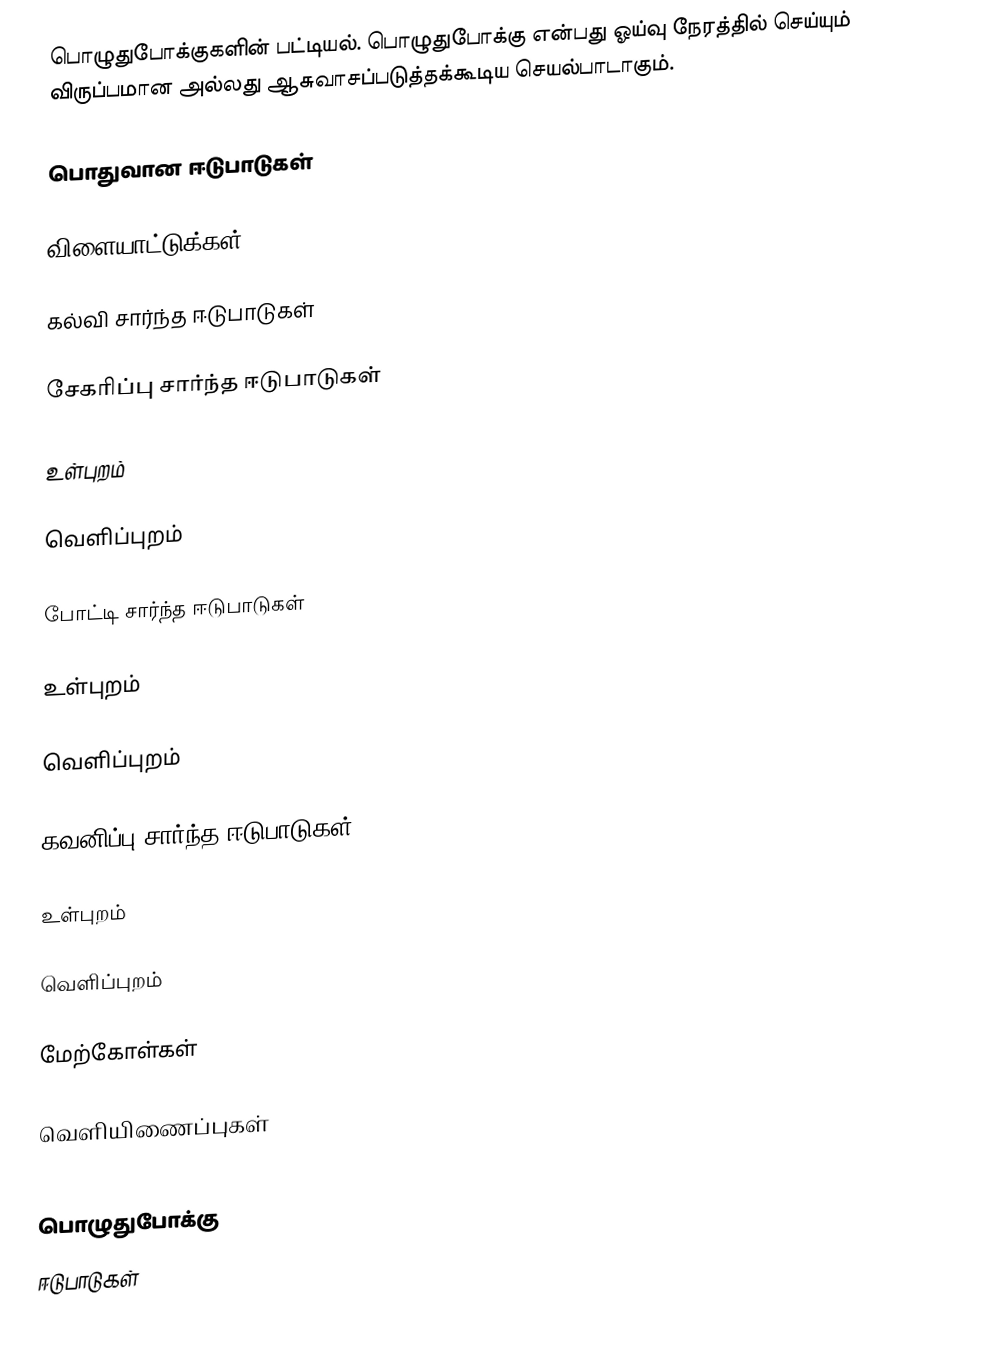
பொழுதுபோக்குகளின் பட்டியல். பொழுதுபோக்கு என்பது ஓய்வு நேரத்தில் செய்யும் விருப்பமான அல்லது ஆசுவாசப்படுத்தக்கூடிய செயல்பாடாகும்.

பொதுவான ஈடுபாடுகள்

விளையாட்டுக்கள்

கல்வி சார்ந்த ஈடுபாடுகள்

சேகரிப்பு சார்ந்த ஈடுபாடுகள்

உள்புறம்

வெளிப்புறம்

போட்டி சார்ந்த ஈடுபாடுகள்

உள்புறம்

வெளிப்புறம்

கவனிப்பு சார்ந்த ஈடுபாடுகள்

உள்புறம்

வெளிப்புறம்

மேற்கோள்கள்

வெளியிணைப்புகள்

பொழுதுபோக்கு
ஈடுபாடுகள்